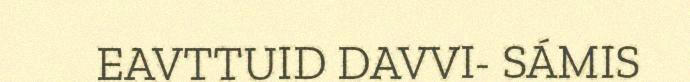
EAVTTUID DAVVI- SÁMIS